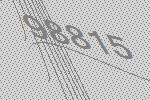
98815